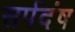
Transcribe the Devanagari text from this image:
सर्पदंष